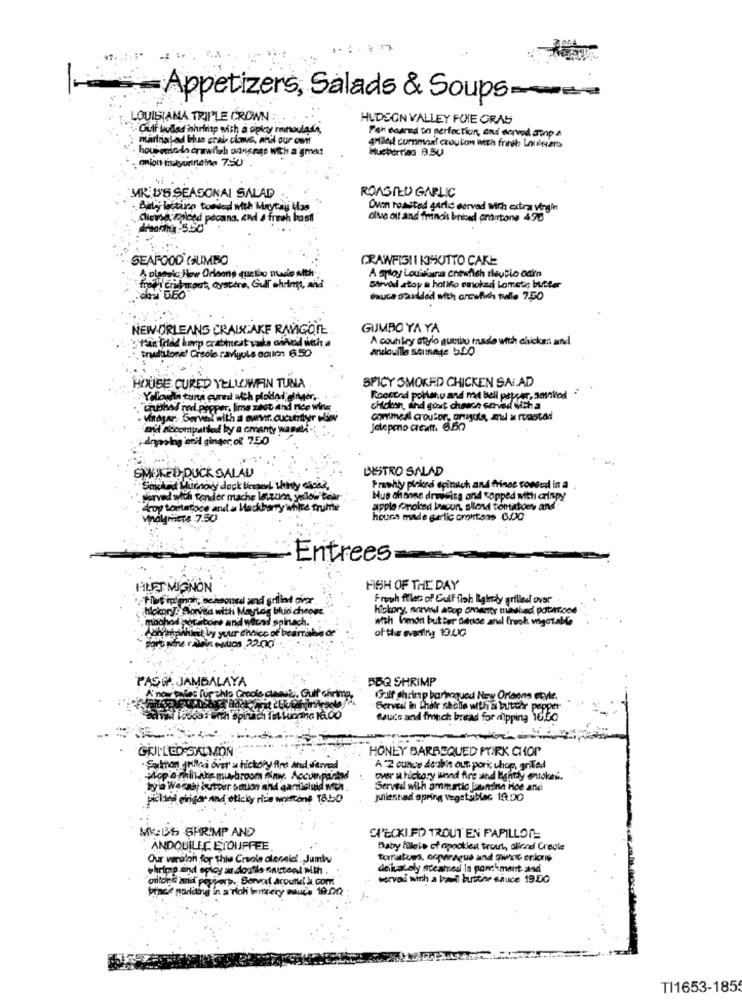
-Appetizers, Salads & Soups-
LOUISIANA TRIPLE CROWN:
HUDSON VALLEY FOIE GRAS
Gulf hulled Shrimp with a oply remoulade,
Pan seared in perfection, and served ampa
marinatad Hus grab clave, and our om
housemindo crawitch onsnge with a gmet
4Milet cummanf crouton with fresh Lauiniers
oniont fittyurine Mno 7.50
Mucherrias 9.50
MR. U'S SEASONAL SALAD
ROASTED GARLIC
Oven roasted garlic served With extra virgin
olle olt and frinch briced croutons 475
SEAFOOD GUMBO
CRAWFISH I KJSUTTO CAKE
A olessic How Orsono que bo made with;
A sploy Louisiana crewhich rieurlo odin
fre di critmost, cystore, Gull shrimp, and
SArvid atoy a haliho minokad Lamet; butter
Pouce saulded with orculich tulle 7.50
NEW ORLEANS CRAISCAKE RAVIGOTE
GUMBO YA YA
fän fried hmp crabmeat vaska odhod with a
A country atylo quebo made with chicken and
Produtonel Creole raviolis onion 6.50
HOUSE CURED YELLOWFIN TUNA
SPICY SMOKED CHICKEN SALAD
:Yellowdla tons cured with ploidad dinner ..
Roofted poblaho and med bell pepper, smnlod
.. crubhos ned.pepper, lime zest ithd Ice wine
chlokon, sind gout chouch served with a
Vinogar: Servil with a sunnr. cucutter wiev
commeal croutor, onigute, al x roasted
midt Accompanledd by a cmanty was
Jalopmno areatt. 6.50
Areolnig oril ginger, of 7.50
BISTRO SALAD
SMOKED DUCK SALAD
Prawhly plicdi epinach and fringe consed In a .
surved sich tender mache letzum, yelow tear
Mus offsone drewsica and copped with crispy
. drop toiterace and a blackberry white frutthe
apple comoled lescon, sliced tomatoes and
Mindigmitte 7.50
house made garlic croutons 6.00
Entrees
FILET MIGNON
FISH OF THE DAY
nel and grilind dvor
Fresh filles of Gulf fish Iigindy grilled over
hickory! Sorved with Maytag blue cheons
hickory, nevel atop amity minslied DataTood
dohod pocarbone and wichid spinach.
with Whimon butter Oruse and freoh migotable
vy your choice of bearrian
of the eventing 10.00
ucs 22.00
PASO. JAMBALAYA
BBQ SHRIMP
A new pries fur chis Croole ole
IL. Gulf chrime,
Grif shrimp barbequed New Orleans ere.
Served in their chelle with & butter Pe
Mucs and french bread for dipping 10150
GRILL LO SAIMON
HONEY BARBEQUED PORK CHOP
Sulman Juille over' a hickory And and served
A 2 ounce double aut. pork, uhoe, grilled
pop o minare mu-broom finw. Accumparts
over a hickory unnd fire and lightly ensoka.
byla Wernst butver omios and garlichad won.
Served with ammatic junina Hoe anci
picked elrigor and eticky rizia wnittone 18.50
jullestad spring vegetablec 19.00
MKBS SHRIMP AND
SIECKI FD TROUT EN PAPILLON
ANDOUILLE ETOUFFEE
Baby hleis of opookien trout, olinand Create
Our veruloh for thie Cruole olesaid. Jumbo
forattues, onparagus and quinc erions
shrimp and oploy andou ls sacteal with .
derivately steamed la parchment and
"ottone and peppers. Borvor Arpunkel ll. com
served with a bouil butthe sauce 19.50
prace noriding in a rich battery sauce 19.00
TI1653-1855